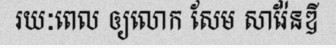
រយៈពេល ឲ្យលោក សែម សារ៉ែនឌី